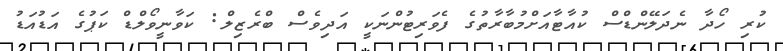
ކުރި ހޯދާ ނެދަލޭންޑްސް ކުއާޓާއަށްމުބާރާތުގެ ފެވަރިޓުންނަކީ އަދިވެސް ބްރެޒިލް: ކަވާނީވޯލްޑް ކަޕުގެ އަޑުއަޑު